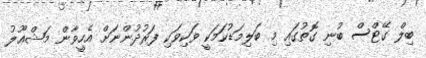
ބިލް ގޭޓްސް ބުނި ގޮތުގައި މި ބަލިމަޑުކަމަކީ ވަކިވަކި ފަރުދުންނަށް އެހީވާން މަޝްޢޫލު